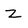
Character: Z